Vaccination in Bombay 1924-1928 - 1924-1928
Year: 1924
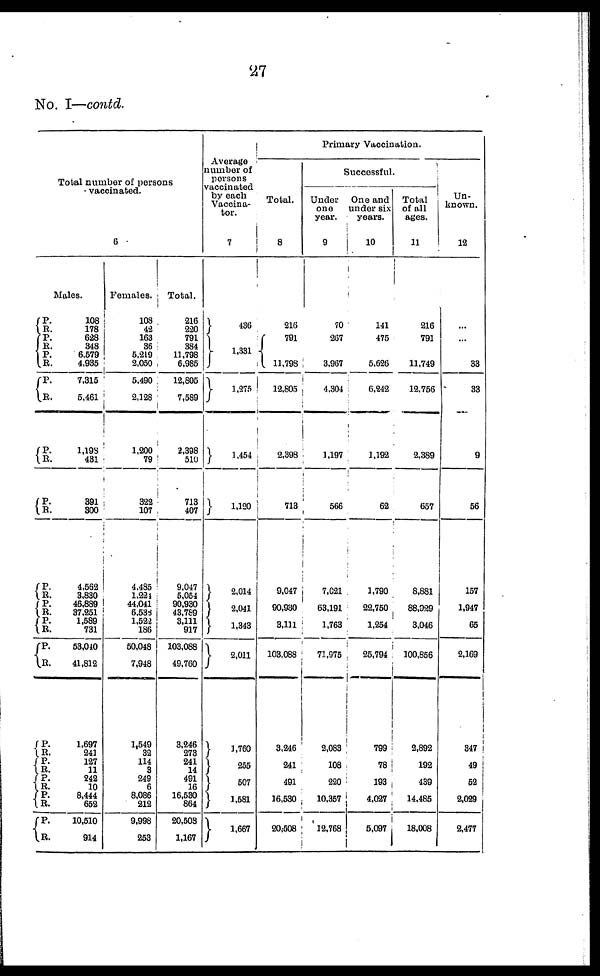
27
No. I—contd.
Total number of persons
vaccinated.
6
Males.
P.
R.
P.
R.
P.
R.
P.
R.
P.
R.
P.
R.
P.
R.
P.
R.
P.
R.
P.
R.
P.
R.
P.
R.
P.
R.
P.
R.
P.
R.
108
178
628
348
6,579
4,935
7,315
5,461
1,198
431
391
300
4,562
3,830
46,889
37,251
1,589
731
53,040
41,812
1,697
241
127
11
242
10
8,444
652
10,510
914
Females.
108
42
163
36
5,219
2,050
5,490
2,128
1,200
79
322
107
4,485
1,224
44,041
6,538
1,522
186
50,048
7,948
1,549
32
114
3
249
6
8,086
212
9,998
253
Total.
216
220
791
384
11,798
6,985
12,805
7,589
2,398
510
713
407
9,047
5,054
90,930
43,789
3,111
917
103,088
49,760
3,246
273
241
14
491
16
16,530
864
20,508
1,167
Average
number of
persons
vaccinated
by each
Vaccina¬
tor.
7
436
1,331
1,275
1,454
1,120
2,014
2,041
1,343
2,011
1,760
255
507
1,581
1,667
Primary Vaccination.
Total.
8
216
791
11,798
12,805
2,398
713
9,047
90,930
3,111
103,088
3,246
241
491
16,530
20,508
Successful.
Under
one
year.
9
70
267
3,967
4,304
1,197
566
7,021
63,191
1,763
71,975
2,083
108
220
10,357
12,768
One and
under six
years.
10
141
475
5,626
6,242
1,192
62
1,790
22,750
1,254
25,794
799
78
193
4,027
5,097
Total
of all
ages.
11
216
791
11,749
12,756
2,389
657
8,881
88,929
3,046
100,856
2,892
192
439
14,485
18,008
Un-
known.
12
...
...
33
33
9
56
157
1,947
65
2,169
347
49
52
2,029
2,477